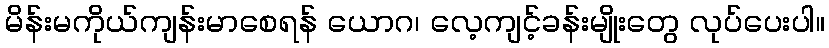
မိန်းမကိုယ်ကျန်းမာစေရန် ယောဂ၊ လေ့ကျင့်ခန်းမျိုးတွေ လုပ်ပေးပါ။